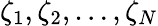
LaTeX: \zeta_{1},\zeta_{2},\ldots,\zeta_{N}